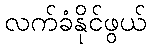
လက်ခံနိုင်ဖွယ်